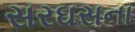
સરઘસના